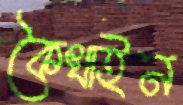
কৈখাইন